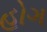
હોગ